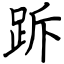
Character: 跅